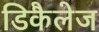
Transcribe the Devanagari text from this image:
डिकैलेज